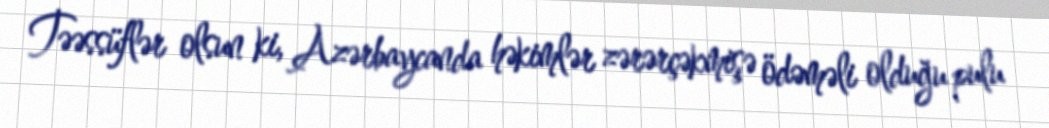
Təəssüflər olsun ki, Azərbaycanda həkimlər zərərçəkmişə ödəməli olduğu pulu